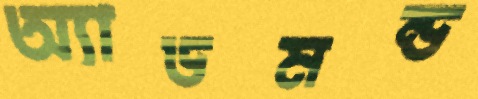
অ্যাডমন্ড